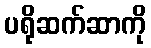
ပရိုဆက်ဆာကို